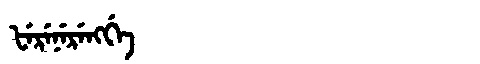
Manchu: ᡶᡝᡵᡝᠨᡝᡵᡝᠩᡤᡝ
Romanization: FERENERENGGE